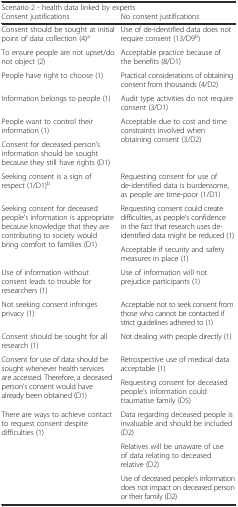
<table><thead><tr><td colspan="2"><b>Scenario 2 - health data linked by experts</b></td></tr><tr><td><b>Consent justifications</b></td><td><b>No consent justifications</b></td></tr></thead><tbody><tr><td>Consent should be sought at initial point of data collection (4)<sup>a</sup></td><td>Use of de-identified data does not require consent (13/D9<sup>b</sup>)</td></tr><tr><td>To ensure people are not upset/do not object (2)</td><td>Acceptable practice because of the benefits (8/D1)</td></tr><tr><td>People have right to choose (1)</td><td>Practical considerations of obtaining consent from thousands (4/D2)</td></tr><tr><td>Information belongs to people (1)</td><td>Audit type activities do not require consent (3/D1)</td></tr><tr><td>People want to control their information (1)</td><td rowspan="2">Acceptable due to cost and time constraints involved when obtaining consent (3/D2)</td></tr><tr><td>Consent for deceased person’s information should be sought because they still have rights (D1)</td></tr><tr><td>Seeking consent is a sign of respect (1/D1)<sup>b</sup></td><td>Requesting consent for use of de-identified data is burdensome, as people are time-poor (1/D1)</td></tr><tr><td rowspan="2">Seeking consent for deceased people’s information is appropriate because knowledge that they are contributing to society would bring comfort to families (D1)</td><td>Requesting consent could create difficulties, as people’s confidence in the fact that research uses de-identified data might be reduced (1)</td></tr><tr><td>Acceptable if security and safety measures in place (1)</td></tr><tr><td>Use of information without consent leads to trouble for researchers (1)</td><td>Use of information will not prejudice participants (1)</td></tr><tr><td>Not seeking consent infringes privacy (1)</td><td>Acceptable not to seek consent from those who cannot be contacted if strict guidelines adhered to (1)</td></tr><tr><td>Consent should be sought for all research (1)</td><td>Not dealing with people directly (1)</td></tr><tr><td rowspan="2">Consent for use of data should be sought whenever health services are accessed. Therefore, a deceased person’s consent would have already been obtained (D1)</td><td>Retrospective use of medical data acceptable (1)</td></tr><tr><td>Requesting consent for deceased people’s information could traumatise family (D5)</td></tr><tr><td rowspan="3">There are ways to achieve contact to request consent despite difficulties (1)</td><td>Data regarding deceased people is invaluable and should be included (D2)</td></tr><tr><td>Relatives will be unaware of use of data relating to deceased relative (D2)</td></tr><tr><td>Use of deceased people’s information does not impact on deceased person or their family (D2)</td></tr></tbody></table>